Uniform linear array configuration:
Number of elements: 8
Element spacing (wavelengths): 0.5
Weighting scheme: blackman
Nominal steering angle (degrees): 15
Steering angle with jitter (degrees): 16.922
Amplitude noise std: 0.05
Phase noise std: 0.05

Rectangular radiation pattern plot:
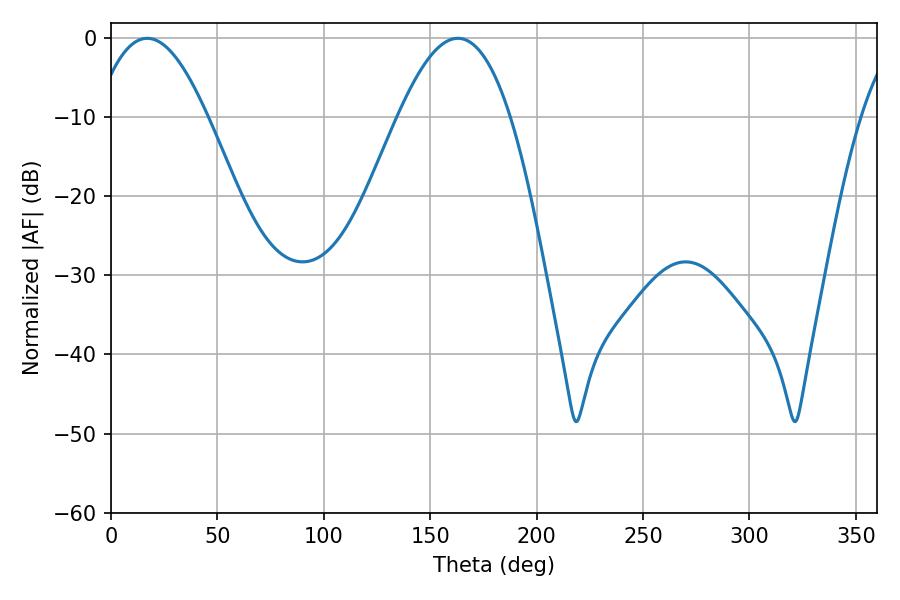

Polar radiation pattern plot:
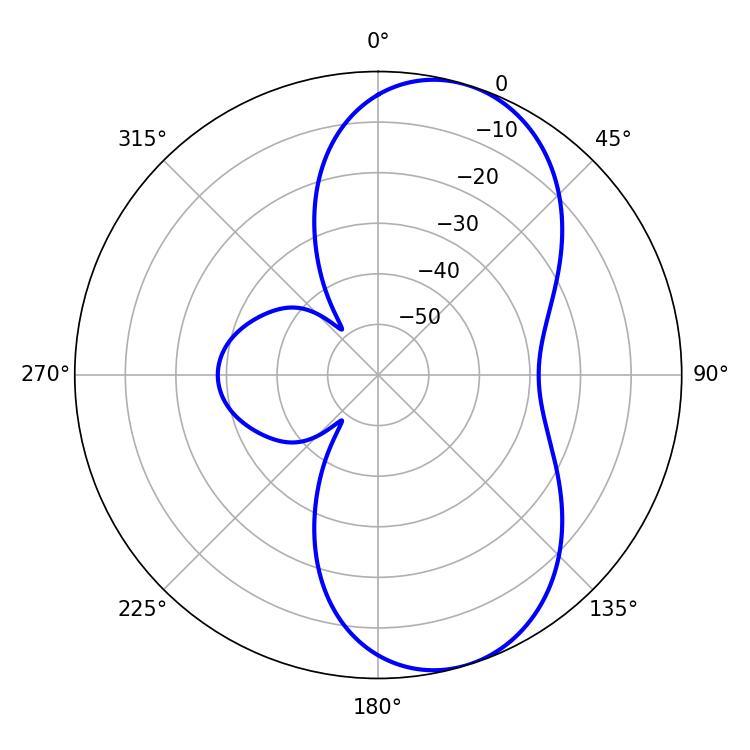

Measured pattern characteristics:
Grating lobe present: FALSE
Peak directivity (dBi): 7.766
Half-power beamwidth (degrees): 28.8
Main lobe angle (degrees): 17.1